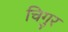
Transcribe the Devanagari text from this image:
चिगुर